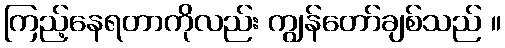
ကြည့်နေရတာကိုလည်း ကျွန်တော်ချစ်သည် ။